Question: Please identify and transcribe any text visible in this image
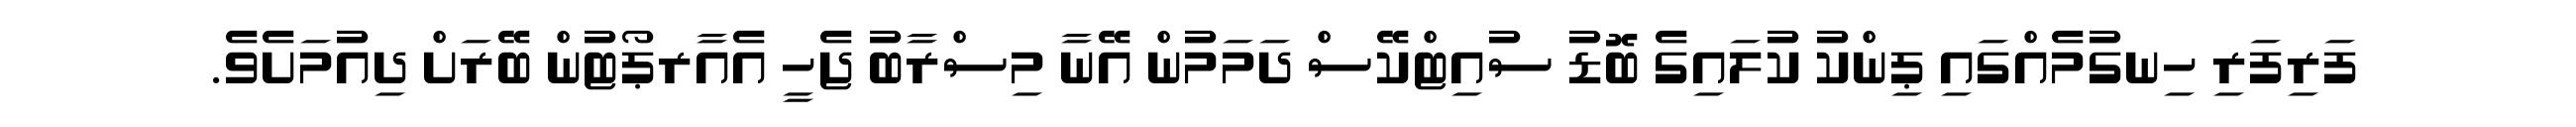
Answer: ފަރިފަރި ހިނގުމެއްގައި ޕިންކު ކުލައިގެ ބޮޑު ސުއިޓްކޭސް ދަމަމުން އޭނާ މިސްރާބު ޖެހީ އެއާރޕޯޓުން ބޭރަށް ދިއުމަށެވެ.